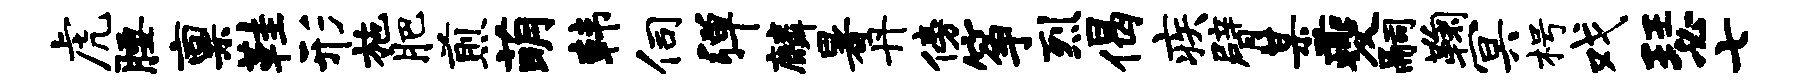
虎腰禀鞋形施肥煎萌韩伺弹麟暑丹傍筝烈偈疾臂某夔嗣鞠冥枵戏瑟七